Report on malaria in the Punjab during the year ...  together with an account of the work of the Punjab Malaria Bureau - Volume 6
Disease focus: Malaria
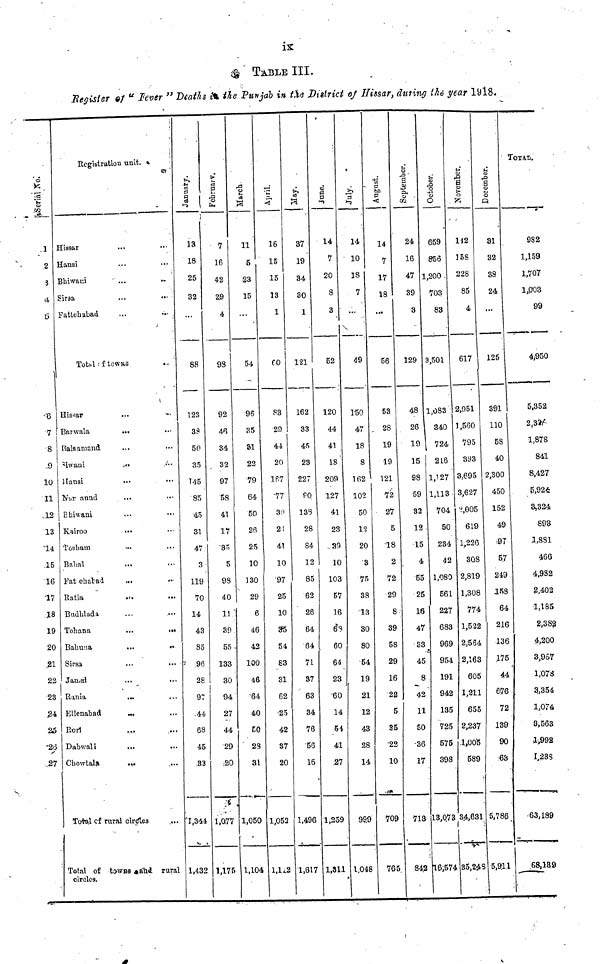
TABLE III.
Bcgisler #/ u Fever " Deaths fa the Punjab in the District oj Ilissar, during the year 19l8.
iSerial Xo.
3
2
3
\i
t>
'6
7
' ft
9
10
11
.12
13
-14
.15
16
IV
18
19
20
.21
22
23
24
25
'2(3
s
..27
Registration unit. -
Hissar
Hansi
Bbhvani
Sir3a
Fattebabad
...
...
...
...
Tots.l '• f towns
Hissar
Barwala
Rals amand
nvvani
Ifansĩ
biuv aund
Ehiwaai
Kiiroo
'l'osbam
Bahal
Fat ehatad
Ratia
Budblada
Tohana
Babuna
Sirsa
Janjal
Ennia
Ellenabad
Eori
Dab wali
Cbowtala
Total cf rural
...
...
...
...
...
...
...
...
...
...
...
...
"•
...
•*•
...
...
cird1.es
...
...
...
...
...
...
...
...
...
...
...
...
••
...
...
...
•*
...
...
...
...
...
...
....
...
Total of towns *aTad rural
circles.
January.
13
18
25
32
...
88
123
38
50
35
745
85
45
31
47
3
119
70
14
43
85
• 96
28
97
44
68
45
.33
'1,344
1,432
>
1
CM
7
16
42
29
4
93
92
4fl
34
32
97
58
41
17
"35
5
98
40
11
39
55
133
30
94
27
44
29
.•20
1,077
1,175
Marcb
11
5
23
15
54
96
35
81
22
79
64
50
2R
25
10
130
29
6
46
42
100
46
"64
40
to
23
31
1,050
1,104
April.
16
15
15
13
1
fO
83
29
44
20
167
-77
30
2!
41
10
'97
25
10
25
54
83
31
62
•25
42
37
20
1,052
1,1*2
37
19
34
30
1
121
162
33
45
23
227
PQ
133
28
84
12
85
62
26
64
64
71
37
63
34
76
'56
16
1,496
1,617
a"
d
p
14
7
20
8
3
52
120
44
41
18 "
209
127
41
23
..35
10
103
57
16
6*3
60
64
23
"60
14
5*
41
27
1,259
1,31.1
July.
"
14
10
IS
7
49
1-50
47
18
8
162
102
50
12
20
3
75
38
13
30
80
•54
19
21
12
43
28
14
99.9
1.048
•4-5
j3
bo
P
<
14
7
17
18
...
56
53
28
19
19
121
-72
27
5
18
2
72
29
8
39
58
29
16
•22
5
35
22
10
709
765.
September
24
16
47
39
3
129
48
26
19
IS
98
59
32
12
15
4
55
25
16
47
33
45
8
42
11
50
-36
17
713
842
October.
659
856
1,200 .
703
83
3,501
1,083
340
724
2L6
1,127
1,113
704
50
234.
42
1,080
561
227
683
969
954
191
942
135
725
575
398
13,073
16;574
November.
142
158
228
85
4
617
2,951
1,560
795
893
3..69S
3,627
V,005
619
" 1,226
3QS
2,819
1,308
774
1,522
2,564
2,163
605
1,211
655
2,237
.1,005
589
34,631
35,24 S
December.
31
32
88
24
...
125
391
110
5S
40
2,300
450
152
49
•97
5,7
249
1K8
64
216
136
.175
44
676
72
139
90
63
5,786,
5,9.11
TOT iii.
982
1,159
1,707
l,pO3
99
4,950
5,352
2,3#.
1,878
841
8,427
5,924
3,324.
893
1,831
466
4,982
2,402
1,185
2,382
4,200
3,967
1,078
3,354
1,074
8,563
1,992
I.23S
63,189
.68,18.9